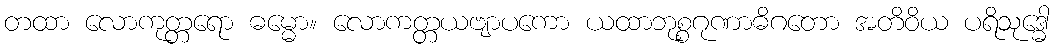
တထာ လောကုတ္တရော ဓမ္မော။ လောကတ္တယဗျာပကော ယထာဘုစ္စဂုဏာဓိဂတော အတိဝိယ ပရိသုဒ္ဓေါ